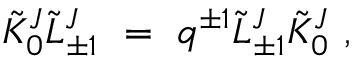
{ \tilde { \cal K } } _ { 0 } ^ { J } { \tilde { \cal L } } _ { \pm 1 } ^ { J } \ = \ q ^ { \pm 1 } { \tilde { \cal L } } _ { \pm 1 } ^ { J } { \tilde { \cal K } } _ { 0 } ^ { J } \ ,